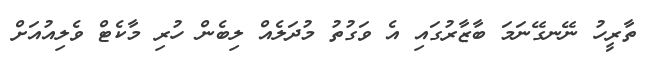
ތާރީހު ނޭނގޭނަމަ ބާޒާރުގައި އެ ވަގުތު މުދަލެއް ލިބެން ހުރި މާކެޓް ވެލިއުއަށް